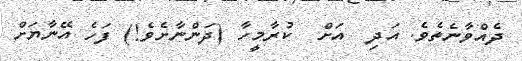
ދެއްވާނެތެވެ. އަދި  އަށް  ކުރާމީހާ (ދަންނާށެވެ!) ފަހެ އޭނާޔަށް